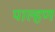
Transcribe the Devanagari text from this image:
पाल्हण